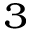
^ 3